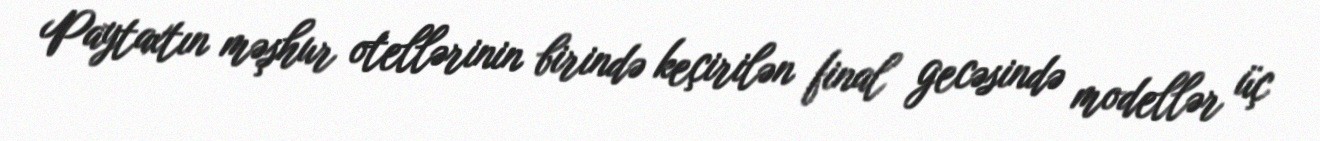
Paytaxtın məşhur otellərinin birində keçirilən final gecəsində modellər üç